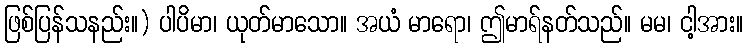
ဖြစ်ပြန်သနည်း။) ပါပိမာ၊ ယုတ်မာသော။ အယံ မာရော၊ ဤမာရ်နတ်သည်။ မမ၊ ငါ့အား။